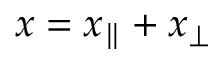
x = x _ { \parallel } + x _ { \perp }